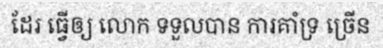
ដែរ ធ្វើឲ្យ លោក ទទួលបាន ការគាំទ្រ ច្រើន